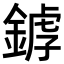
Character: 𨩘